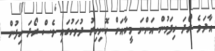
އާދަވެ ރޯދަ ހިފަމުން އަންނަ މީހާއަށް ހޮނިހިރު ދުވަހުގައި ވެސް ރޯދަ ހިފުން